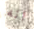
انه